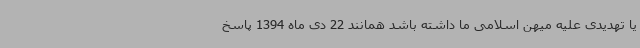
یا تهدیدی علیه میهن اسلامی ما داشته باشد همانند 22 دی ماه 1394 پاسخ